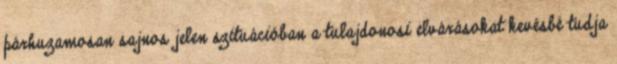
párhuzamosan sajnos jelen szituációban a tulajdonosi elvárásokat kevésbé tudja